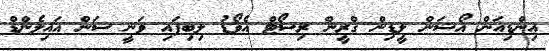
އިންޑިއަން އޯޝަން ލީޑިން ގްރީން ރިސޯޓް އެވޯޑު ލިބިފައި ވަނީ ސަން އައިލެންޑް